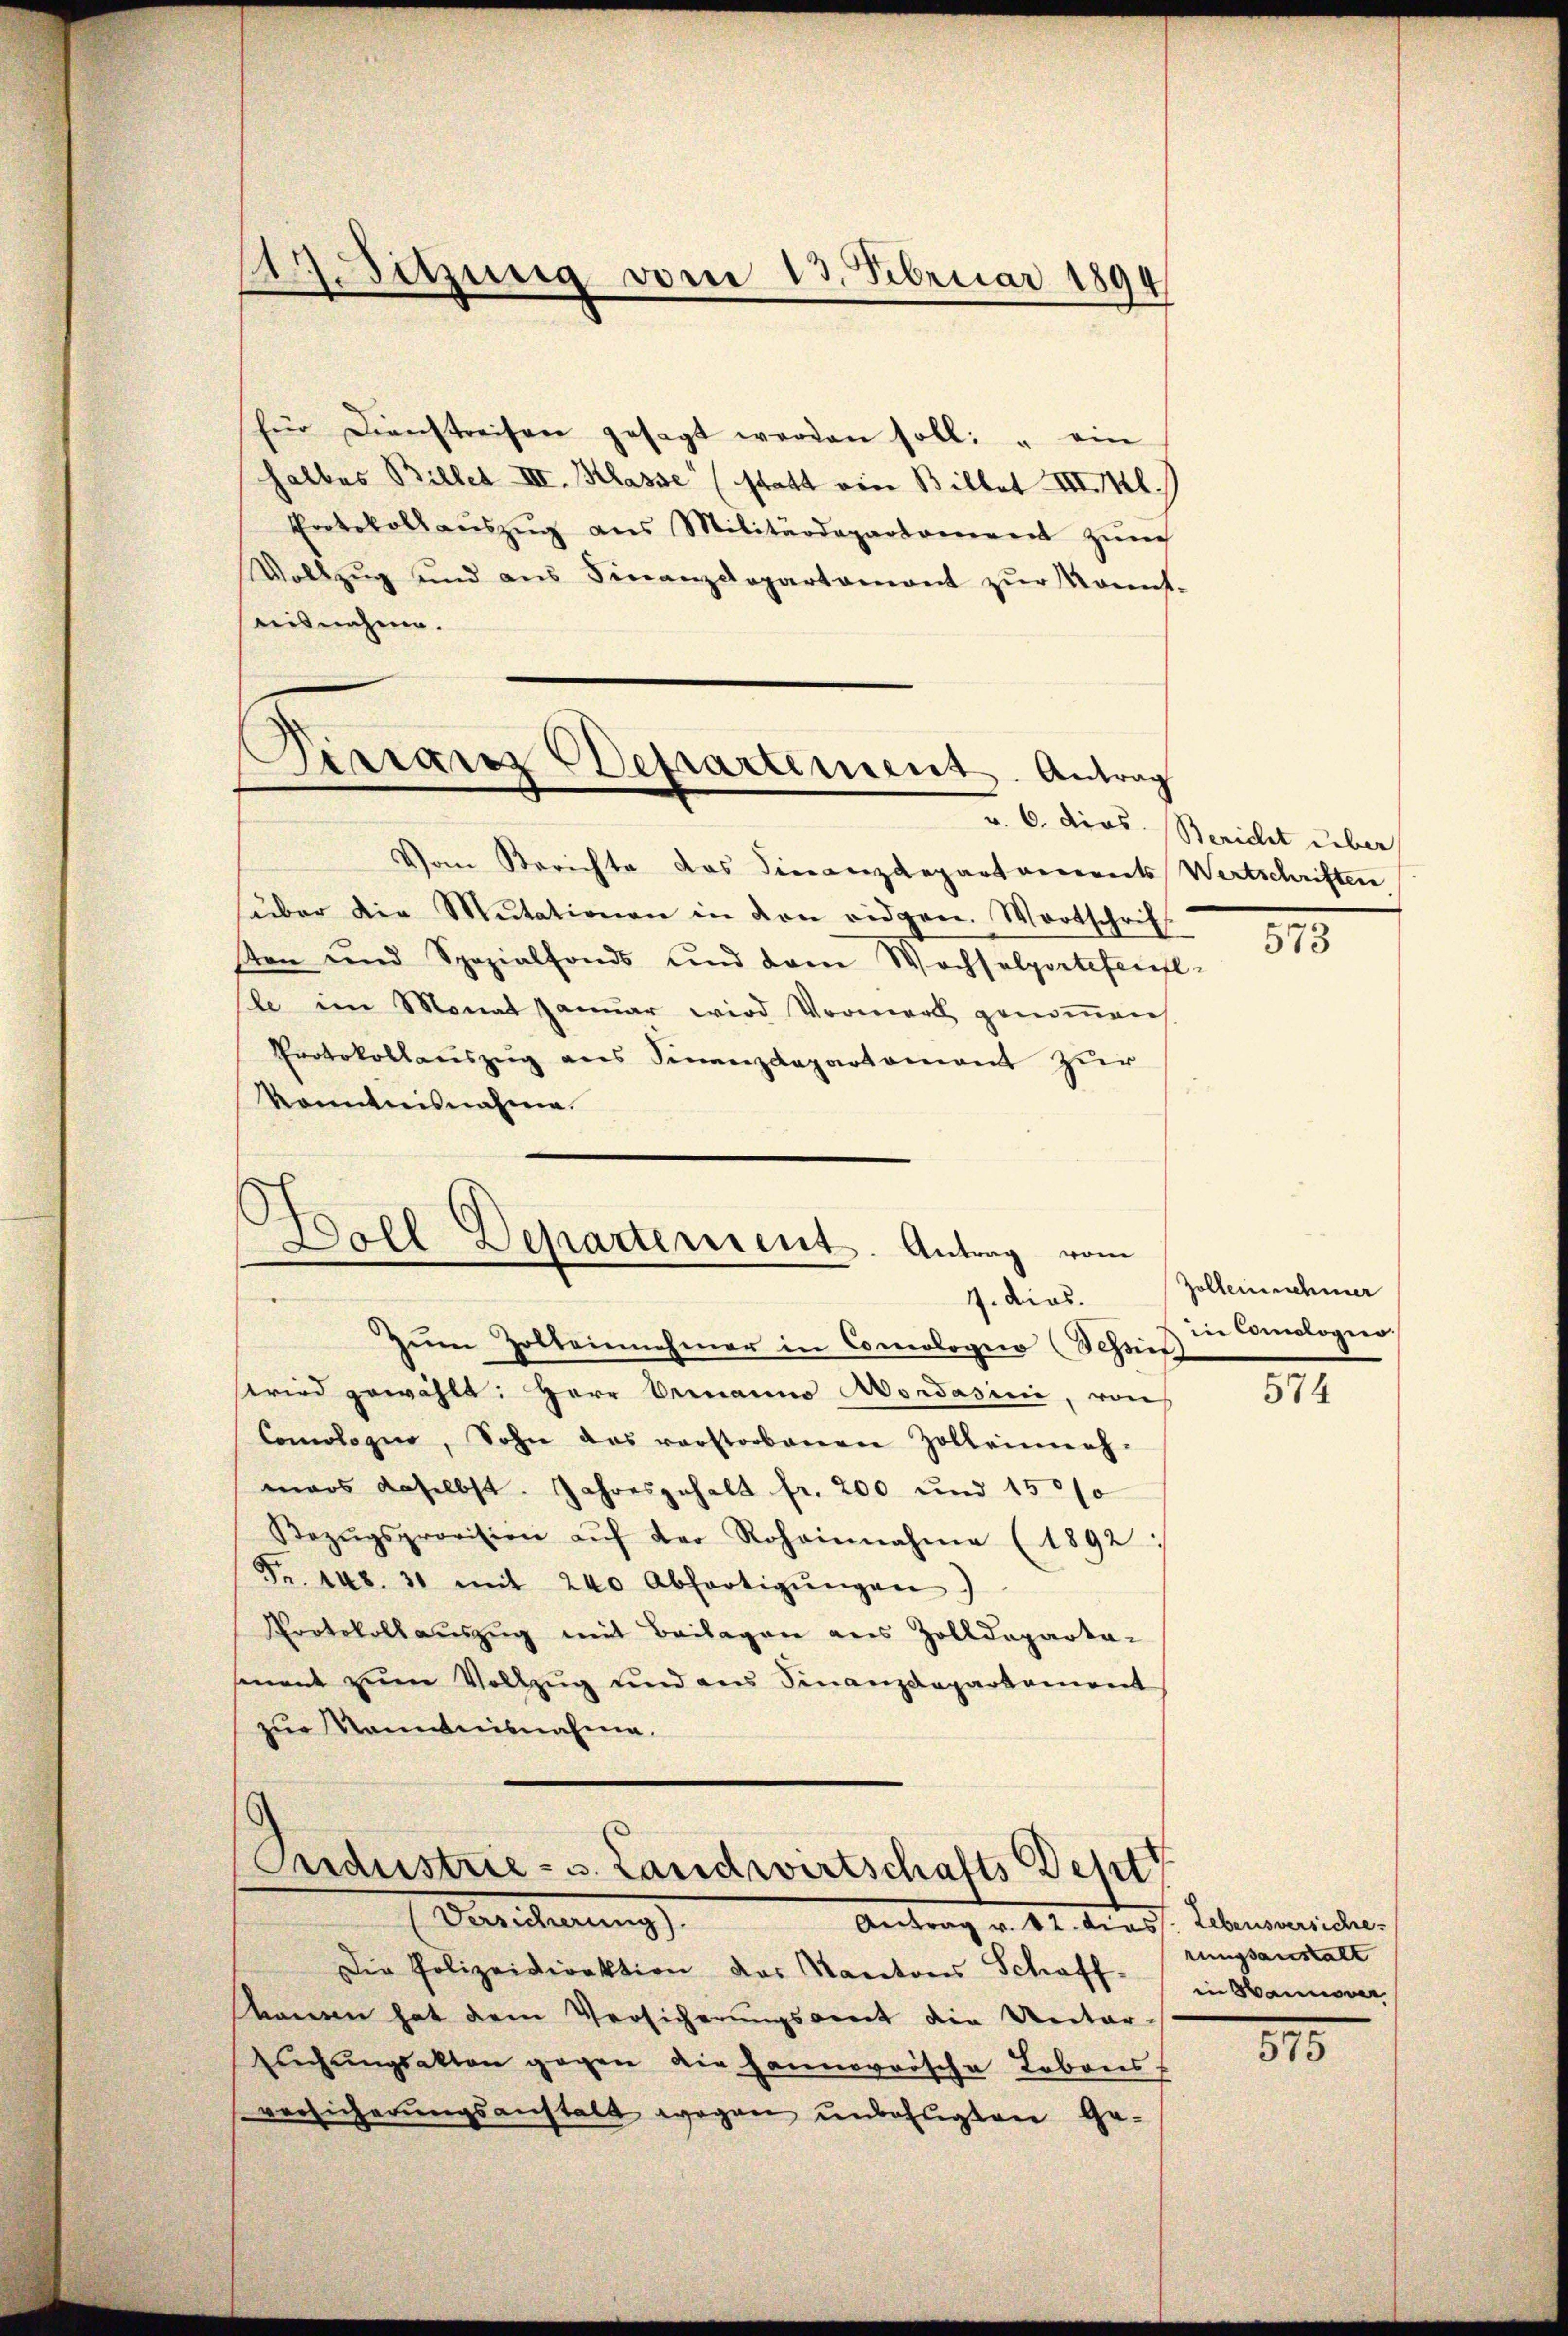
für Dienstreisen gesagt werden soll: " ein
halbes Billes III. Klasse (statt von Billet III. Ml
Erotokoll aŭszŭg ans Militärdepartoniren zŭr
Vollzŭg und aŭs Finanzdepartament zŭr Konnt-
misnahme.
Dirranz Departement. Antrag

A. Sitzung vom 13. Februar 1894

Vom Berichte das Finanzdepartements Wertschriften
über die Mutationen in von eidgen. Wortschrif
Son und Spezialfonds und dem Wochselpertefentl
le im Monat Januar wird Vormerk genommen
Protokollaŭszŭg ans Sinnendepartement zur
Konntnisnahme.

5
Doll Departerient. Antrag vom
4. dies

Ordustrie- u. Landwirtschafts Dept
Vereicherung
Antrag v. 182. Diess. Lebensansicher

v. 6. dies. Bericht über

Zŭm Zolleinnehmer in Comologno (Schönes die Comologno-
Fried gewählt: Herr Armanno Mordasini, von
Comologie, Sohn das verstorbenen Zolleinnah-
mars daselbst. Jahresgehalt fr. 200 und 1500
Bezŭgsprovision aŭf der Rohainnahme (1892:
Fr. 148. 31 mit 240 Abfertigŭngen
Protokoll auszug mit Beilagen aus Zolldeparta-
sment zum Vollzug und aus Finanzdepartement
zur Kenntnisnahme.

Die Polizeidirektion das Kantons Schaff-
namen hat dem Versicherungsamt die Unter-
Eŭchŭngsakten gegen die Hannoversche Lobons
versicherungsanstalt wegen unbefugten Ge-

573

Zolleinnehmer

574

rungsanstalt
in Hannover

815